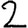
Digit: 2